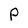
Character: P